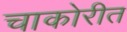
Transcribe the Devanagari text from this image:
चाकोरीत